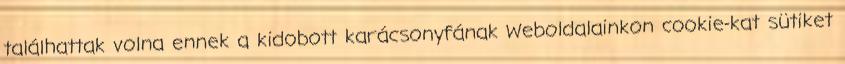
találhattak volna ennek a kidobott karácsonyfának Weboldalainkon cookie-kat sütiket